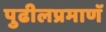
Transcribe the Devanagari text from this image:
पुढीलप्रमाणॅ